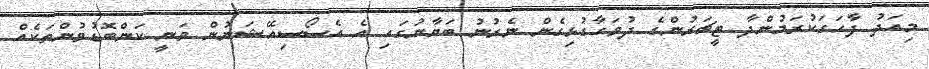
މިއަދު ފާހަގަކުރަމުންދާ ޓީޗަރުންގެ ދުވަހާގުޅިގެން ނެރުނު ބަޔާނުގައި އެ އެސޯސިއޭޝަނުން ވަނީ ކަންބޮޑުވުންތަކެއް